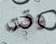
وقت